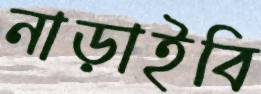
নাড়াইবি